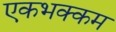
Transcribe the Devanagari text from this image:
एकभक्कम